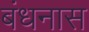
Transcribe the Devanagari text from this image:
बंधनास